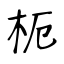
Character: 枙